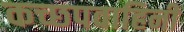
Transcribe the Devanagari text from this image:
कच्छपवाहिनी